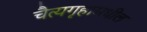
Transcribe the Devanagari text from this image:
चैत्यगृहामधील